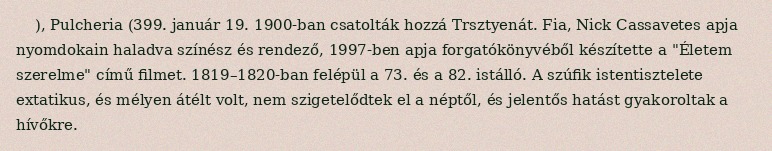
), Pulcheria (399. január 19. 1900-ban csatolták hozzá Trsztyenát. Fia, Nick Cassavetes apja nyomdokain haladva színész és rendező, 1997-ben apja forgatókönyvéből készítette a "Életem szerelme" című filmet. 1819–1820-ban felépül a 73. és a 82. istálló. A szúfik istentisztelete extatikus, és mélyen átélt volt, nem szigetelődtek el a néptől, és jelentős hatást gyakoroltak a hívőkre.